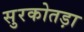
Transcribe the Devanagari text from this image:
सुरकोतड़ा